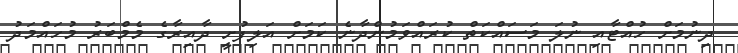
ދިނުމަށް ހުއްޓާއި ނުލަ މަސައްކަތް ކުރައްވަމުންދާނެ ކަމަށް އަލިފުށީ ދާއިރާގެ މެމްބަރު މުހައްމަދު